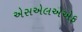
એસએલએએફ